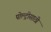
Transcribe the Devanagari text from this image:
पोल्ट्रीसाठी